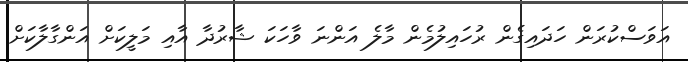
އަވަސްކުރަން ހަދައިގެން ރުހައިލުމެން މާލެ އަންނަ ވާހަކަ ޝާރުދާ އާއި މަލީކަށް އަންގާލާކަށް